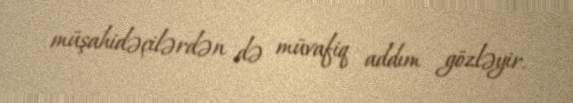
müşahidəçilərdən də müvafiq addım gözləyir.